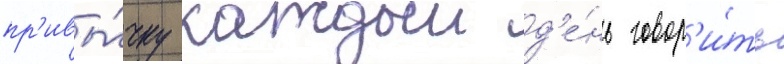
пр'ивы́чку каждыи д'е́нь говор'и́ть